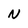
Character: N